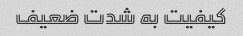
کیفیت به شدت ضعیف